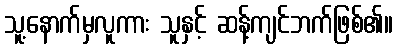
သူ့နောက်မှလူကား သူနှင့် ဆန့်ကျင်ဘက်ဖြစ်၏။